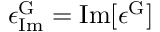
\epsilon _ { \mathrm { I m } } ^ { \mathrm { G } } = \mathrm { I m } [ \epsilon ^ { \mathrm { G } } ]